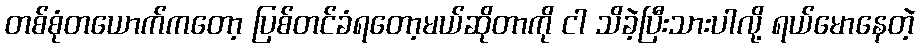
တစ်စုံတယောက်ကတော့ ပြစ်တင်ခံရတော့မယ်ဆိုတာကို ငါ သိခဲ့ပြီးသားပါလို့ ရယ်မောနေတဲ့